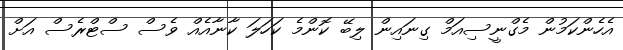
އެހެންކަމުން މެގްނީސިއަމް ގިނައިން ލިބޭ ކޮންމެ ކަހަލަ ކާނާއެއް ވެސް ސްޓްރެސް އަށް